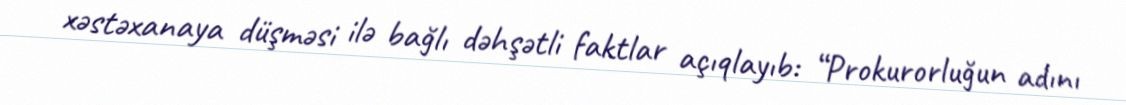
xəstəxanaya düşməsi ilə bağlı dəhşətli faktlar açıqlayıb: “Prokurorluğun adını